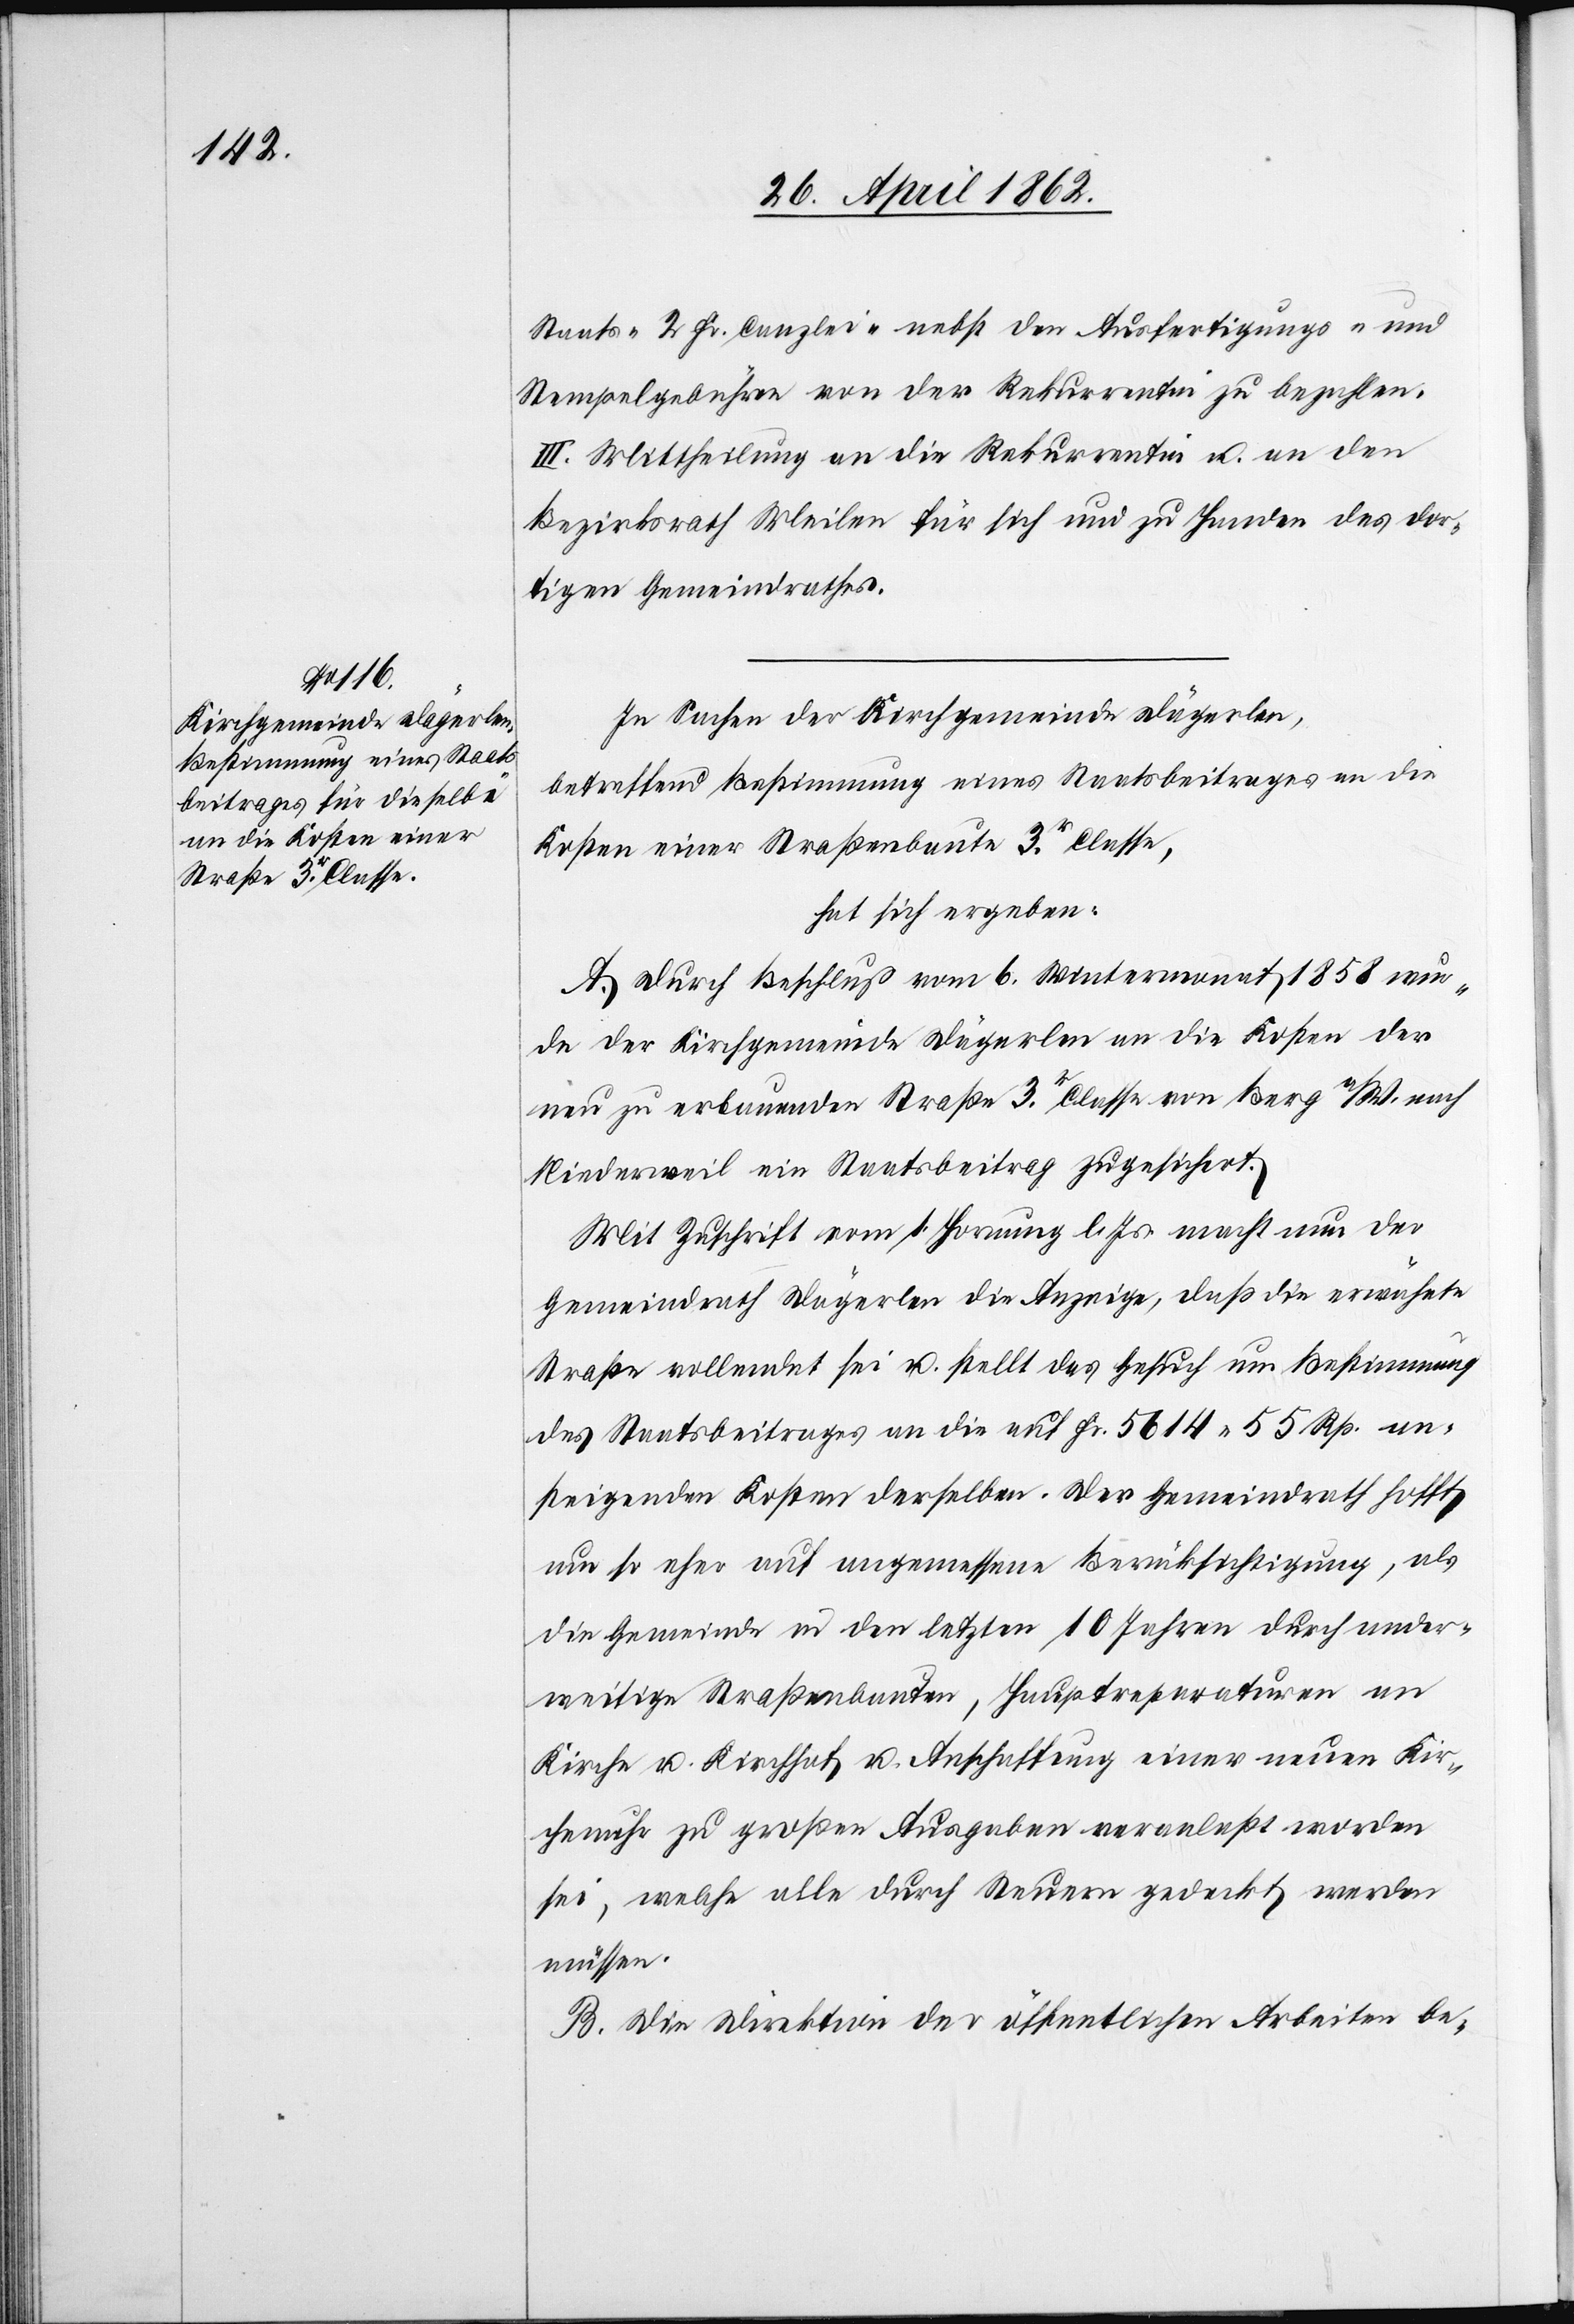
Staats-[,] 2 Fr. Canzlei- nebst den Ausfertigungs- und
Stempelgebühren von der Rekurrentin zu bezahlen.
III. Mittheilung an die Rekurrentin u. an den
Bezirksrath Meilen für sich und zu Handen des dor¬
tigen Gemeindrathes.
In Sachen der Kirchgemeinde Dägerlen,
betreffend Bestimmung eines Staatsbeitrages an die
Kosten einer Straßenbaute 3r. Classe,
hat sich ergeben:
A. Durch Beschluß vom 6. Wintermonat 1858 wur¬
de der Kirchgemeinde Dägerlen an die Kosten der
neu zu erbauenden Straße 3r. Classe von Berg a/W. nach
Niedersweil ein Staatsbeitrag zugesichert.
Mit Zuschrift vom 1. Hornung l. Js. macht neu der
Gemeindrath Dägerlen die Anzeige, daß die erwähnte
Straße vollendet sei u. stellt das Gesuch um Bestimmung
des Staatsbeitrages an die auf Fr. 5614 55 Rp. an¬
steigenden Kosten derselben. Der Gemeindrath hofft
um so eher auf angemessene Berücksichtigung, als
die Gemeinde in den letzten 10 Jahren durch ander¬
weitige Straßenbauten, Hauptreparaturen an
Kirche u. Kirchhof u. Anschaffung einer neuen Kir¬
chenuhr zu großen Ausgaben veranlaßt worden
sei, welche alle durch Steuern gedeckt werden
müssen.
B. Die Direktion der öffentlichen Arbeiten be-